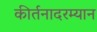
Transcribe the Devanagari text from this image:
कीर्तनादरम्यान